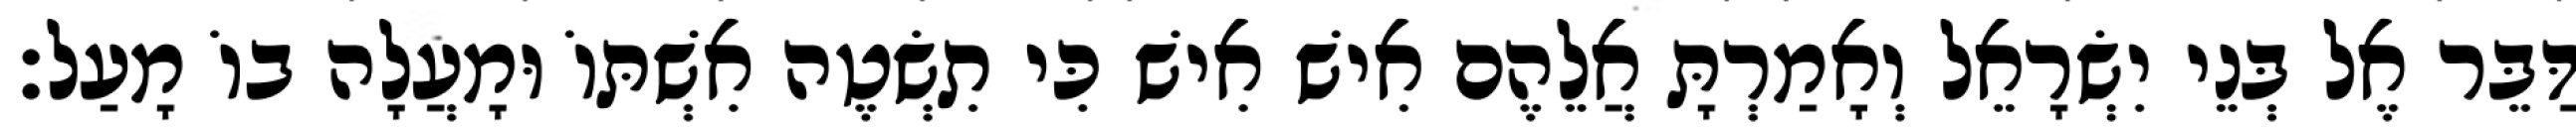
דַּבֵּר אֶל בְּנֵי יִשְׂרָאֵל וְאָמַרְתָּ אֲלֵהֶם אִישׁ אִישׁ כִּי תִשְׂטֶה אִשְׁתּוֹ וּמָעֲלָה בוֹ מָעַל׃